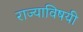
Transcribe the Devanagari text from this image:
राज्याविषयी